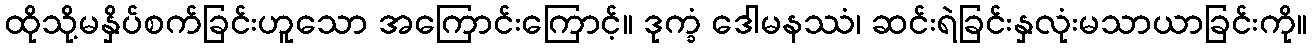
ထိုသို့မနှိပ်စက်ခြင်းဟူသော အကြောင်းကြောင့်။ ဒုက္ခံ ဒေါမနဿံ၊ ဆင်းရဲခြင်းနှလုံးမသာယာခြင်းကို။